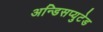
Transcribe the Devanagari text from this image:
अन्डिसप्युटेड